Indian journal of veterinary science and animal husbandry - Volumes 28-29, 1958-1959
Year: 1958
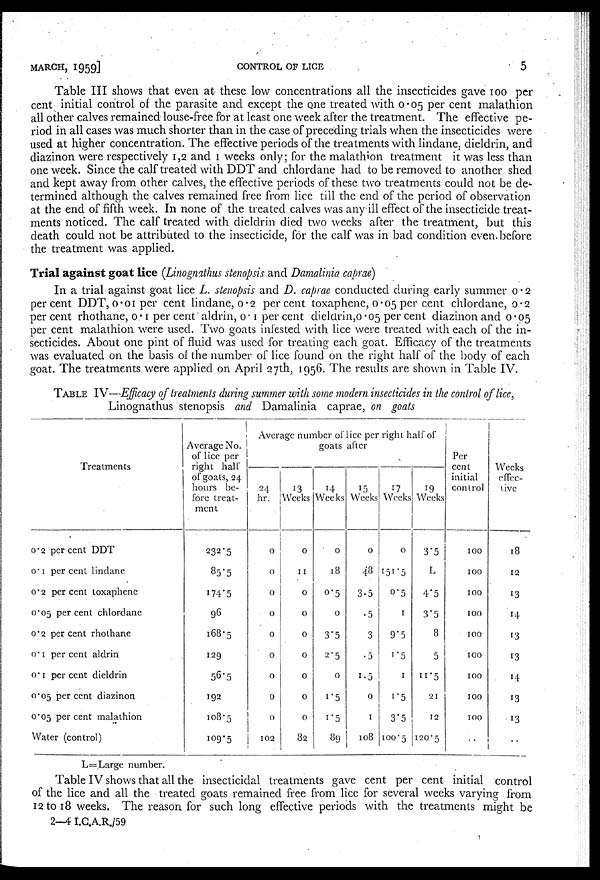
MARCH,
1959]
CONTROL OF LICE
5
Table III shows that even at these low concentrations all the insecticides gave 100 per-
cent initial control of the parasite and except the one treated with 0.05 per cent malathion
all other calves remained louse-free for at least one week after the treatment. The effective pe-
riod in all cases was much shorter than in the case of preceding trials when the insecticides were
used at higher concentration. The effective periods of the treatments with lindane, dieldrin, and
diazinon were respectively 1,2 and 1 weeks only; for the malathion treatment it was less than
one week. Since the calf treated with DDT and chlordane had to be removed to another shed
and kept away from other calves, the effective periods of these two treatments could not be de-
termined although the calves remained free from lice till the end of the period of observation
at the end of fifth week. In none of the treated calves was any ill effect of the insecticide treat-
ments noticed. The calf treated with dieldrin died two weeks after the treatment, but this
death could not be attributed to the insecticide, for the calf was in bad condition even, before
the treatment was applied.
Trial against goat lice (Linognathus stenopsis and Damalinia caprae)
In a trial against goat lice L. stenopsis and D. caprae conducted during early summer 0.2
percent DDT, 0.01 per cent lindane, 0.2 per cent toxaphene, 0.05 per cent chlordane, 0.2
per cent rhothane, 0.1 per cent aldrin, 0.1 per cent dieldrin, 0.05 per cent diazinon and 0.05
per cent malathion were used. Two goats infested with lice were treated with each of the in-
secticides. About one pint of fluid was used for treating each goat. Efficacy of the treatments
was evaluated on the basis of the number of lice found on the right half of the body of each
goat. The treatments were applied on April 27th, 1956. The results are shown in Table IV.
TABLE IV—Efficacy of treatments during summer with some modern insecticides in the control of lice,
Linognathus stenopsis and Damalinia caprae, on goats
Treatments
0.2 per cent DDT
0.1 per cent lindane
0.2 percent toxaphene
0.05 per cent chlordane
0.2 per cent rhothane
0.1 per cent aldrin
0.1 per cent dieldrin
0.05 per cent diazinon
0.05 per cent malathion
Water (control)
Average No.
of lice per
right half
of goats, 24
hours be-
fore treat-
ment
232.5
85.5
174.5
96
168.5
129
56.5
192
108.5
109.5
Average number of lice per right half of
goats after
24
hr.
0
0
0
0
0
0
0
0
0
102
13
Weeks
0
11
0
0
0
0
0
0
0
82
14
Weeks
0
18
0.5
0
3.5
2.5
0
1.5
1.5
89
15
Weeks
0
48
3.5
.5
3
.5
1.5
0
1
108
17
Weeks
0
151.5
0.5
1
9.5
1.5
1
1.5
3.5
100.5
19
Weeks
3.5
L
4.5
3.5
8
5
11.5
21
12
120.5
Per
cent
initial
control
100
100
100
100
100
100
100
100
100
. .
Weeks
effec-
tive
18
12
13
14
13
13
14
13
13
. .
L = Large number.
Table IV shows that all the insecticidal treatments gave cent per cent initial control
of the lice and all the treated goats remained free from lice for several weeks varying from
12 to 18 weeks. The reason for such long effective periods with the treatments might be
2—4 I.C.A.R./59